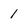
Character: 1